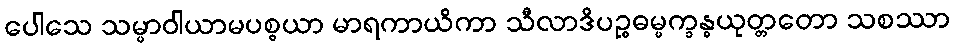
ပေါသေ သမ္မာဝါယာမပစ္စယာ မာရကာယိကာ သီလာဒိပဉ္စဓမ္မက္ခန္ဓယုတ္တတော သစဿာ